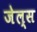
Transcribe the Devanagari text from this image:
जेल्स